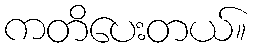
ကတိပေးတယ်။